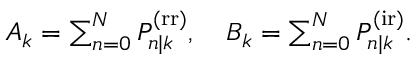
\begin{array} { r } { A _ { k } = \sum _ { n = 0 } ^ { N } P _ { n | k } ^ { \mathrm { ( r r ) } } , \quad B _ { k } = \sum _ { n = 0 } ^ { N } P _ { n | k } ^ { \mathrm { ( i r ) } } . } \end{array}